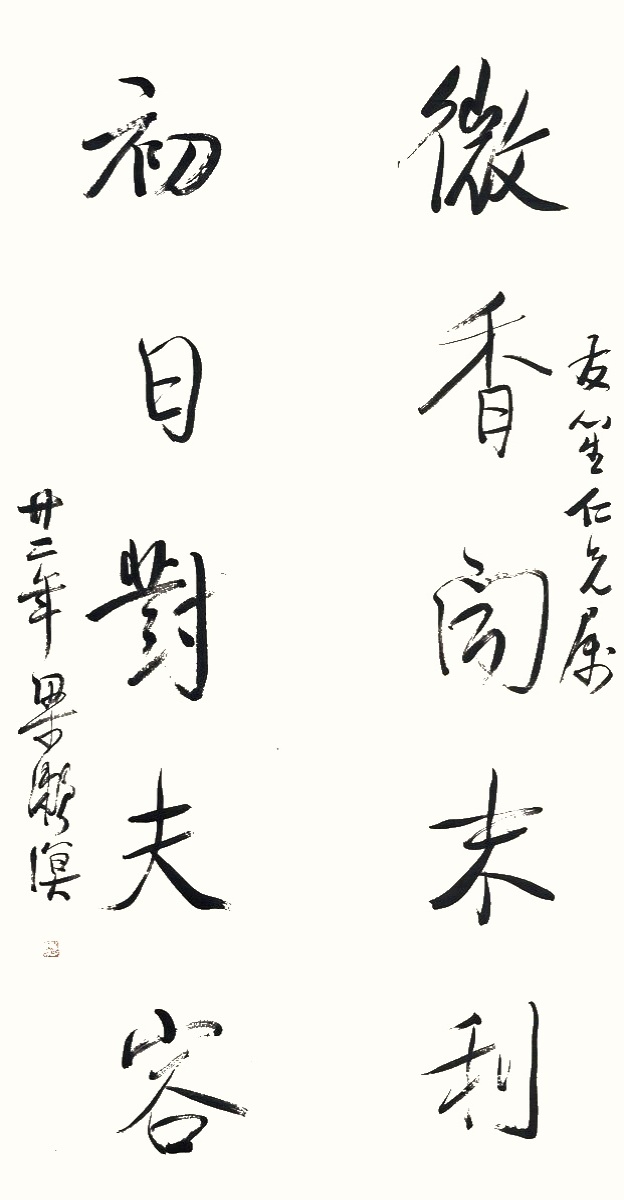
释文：微香闻末到，初日对夫容。友笙仁兄属，廿二年梁漱溟。